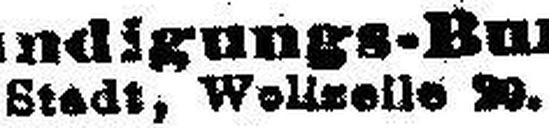
Stadt, Wellzelle ###.